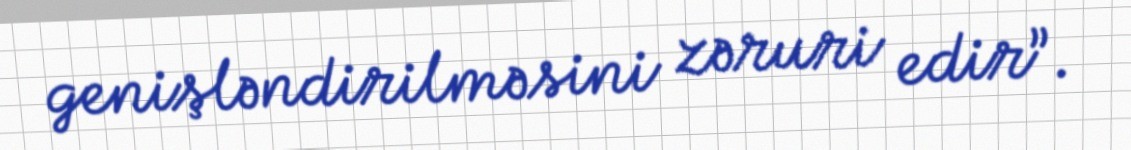
genişləndirilməsini zəruri edir”.